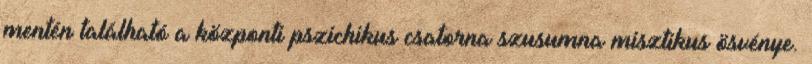
mentén található a központi pszichikus csatorna szusumna misztikus ösvénye.